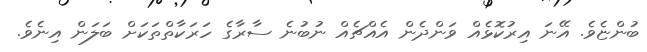
ބުންޏެވެ. އޭނަ އިރުކޮޅެއް ވަންދެން އެއްޗެއް ނުބުނެ ސާރާގެ ހަރަކާތްތަކަށް ބަލަން އިނެވެ.